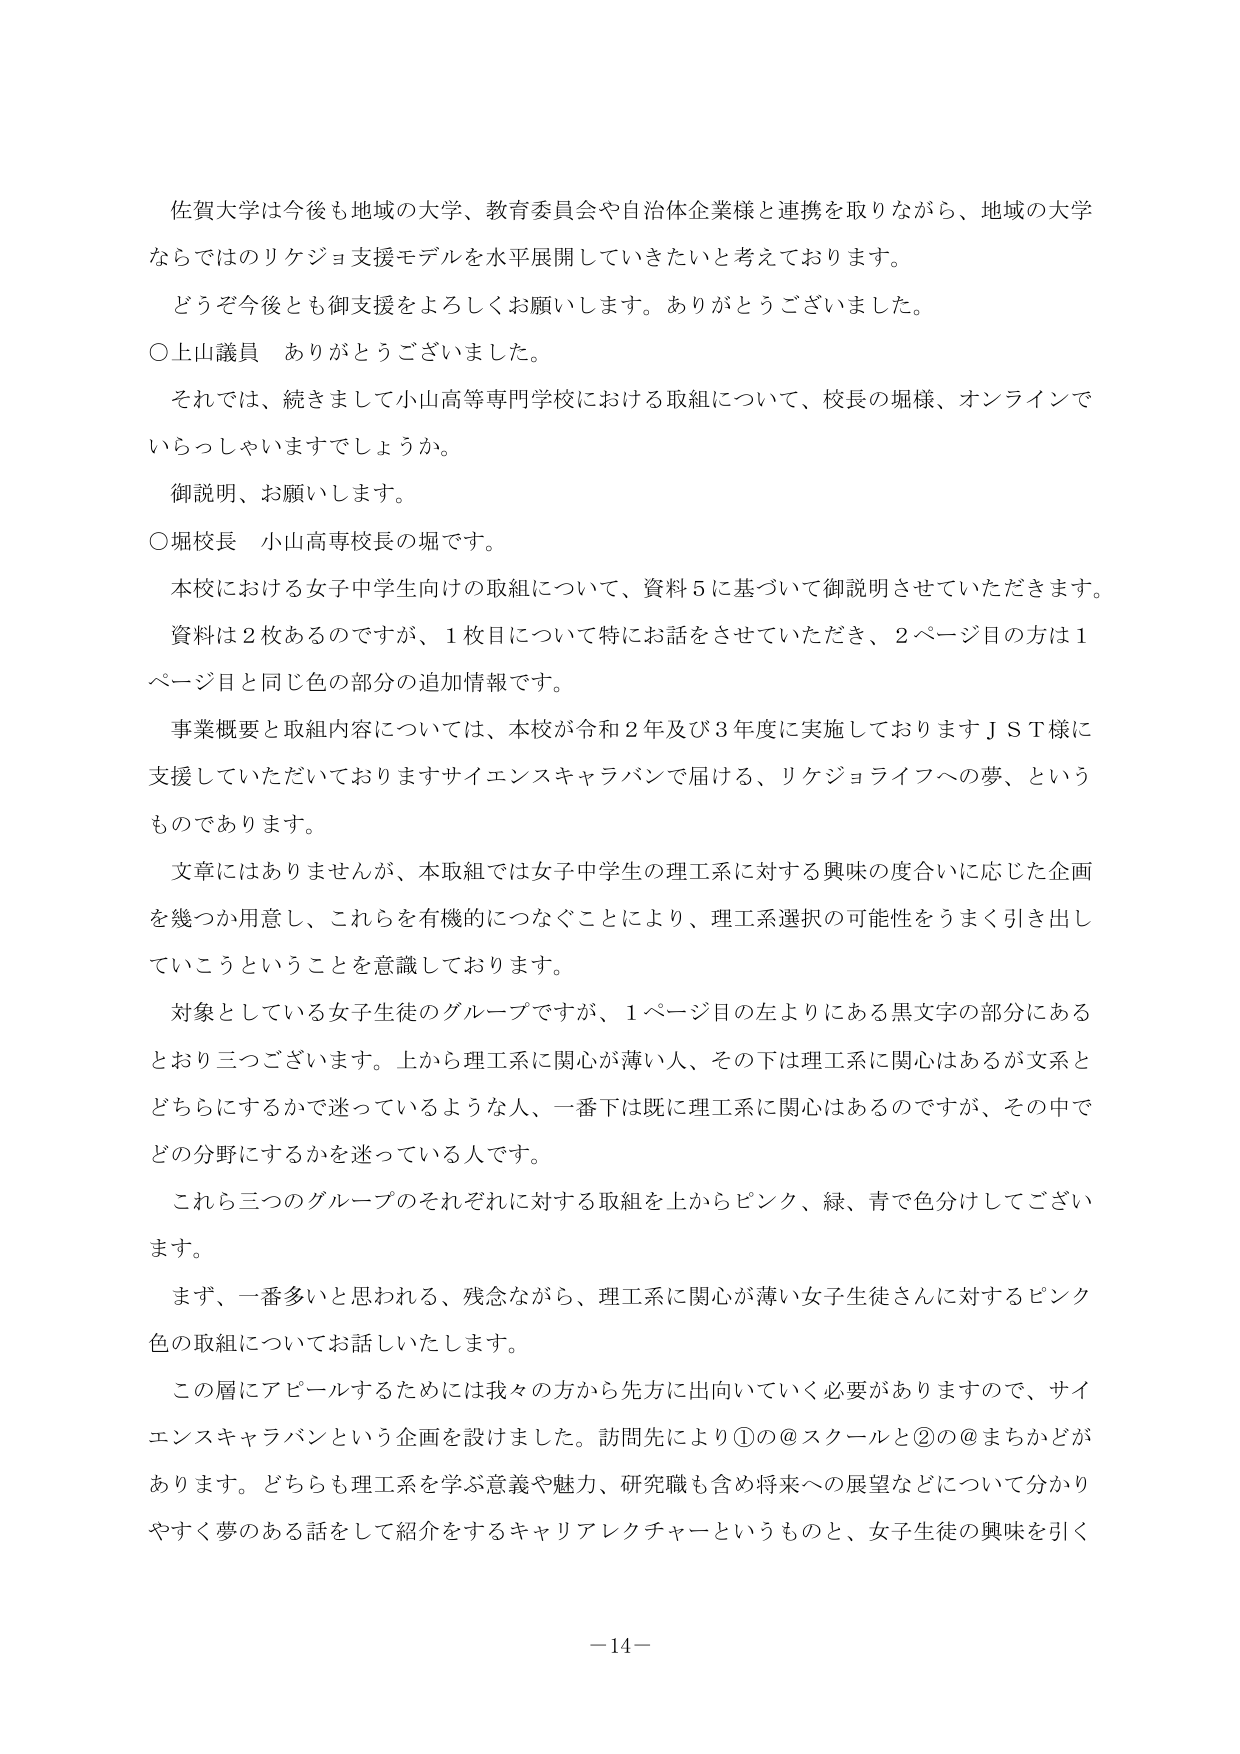
佐賀大学は今後も地域の大学、教育委員会や自治体企業様と連携を取りながら、地域の大学ならではのリケジョ支援モデルを水平展開していきたいと考えております。

どうぞ今後とも御支援をよろしくお願いします。ありがとうございました。

○上山議員　ありがとうございました。

それでは、続きまして小山高等専門学校における取組について、校長の堀様、オンラインでいらっしゃいますでしょうか。

御説明、お願いします。

○堀校長　小山高専校長の堀です。

本校における女子中学生向けの取組について、資料５に基づいて御説明させていただきます。

資料は２枚あるのですが、１枚目について特にお話をさせていただき、２ページ目の方は１ページ目と同じ色の部分の追加情報です。

事業概要と取組内容については、本校が令和２年及び３年度に実施しておりますＪＳＴ様に支援していただいておりますサイエンスキャラバンで届ける、リケジョライフへの夢、というものであります。

文章にはありませんが、本取組では女子中学生の理工系に対する興味の度合いに応じた企画を幾つか用意し、これらを有機的につなぐことにより、理工系選択の可能性をうまく引き出していこうということを意識しております。

対象としている女子生徒のグループですが、１ページ目の左よりにある黒文字の部分にあるとおり三つございます。上から理工系に関心が薄い人、その下は理工系に関心はあるが文系とどちらにするかで迷っているような人、一番下は既に理工系に関心はあるのですが、その中でどの分野にするかを迷っている人です。

これら三つのグループのそれぞれに対する取組を上からピンク、緑、青で色分けしてございます。

まず、一番多いと思われる、残念ながら、理工系に関心が薄い女子生徒さんに対するピンク色の取組についてお話しいたします。

この層にアピールするためには我々の方から先方に出向いていく必要がありますので、サイエンスキャラバンという企画を設けました。訪問先により①の＠スクールと②の＠まちかどがあります。どちらも理工系を学ぶ意義や魅力、研究職も含め将来への展望などについて分かりやすく夢のある話をして紹介をするキャリアレクチャーというものと、女子生徒の興味を引く

－14－